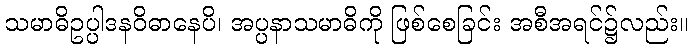
သမာဓိဥပ္ပါဒနဝိဓာနေပိ၊ အပ္ပနာသမာဓိကို ဖြစ်စေခြင်း အစီအရင်၌လည်း။